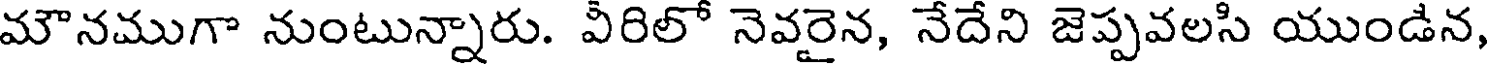
మౌనముగా నుంటున్నారు. వీరిలో నెవరైన, నేదేని జెప్పవలసి యుండిన,